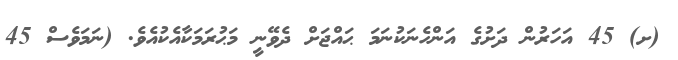
(ށ) 45 އަހަރުން ދަށުގެ އަންހެނަކުނަމަ ޙައްޖަށް ދެވޭނީ މަޙުރަމަކާއެކުއެވެ. (ނަމަވެސް 45